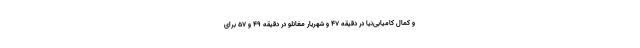
و کمال کامیابی‌نیا در دقیقه ۴۷ و شهریار مغانلو در دقیقه ۴۹ و ۵۷ برای